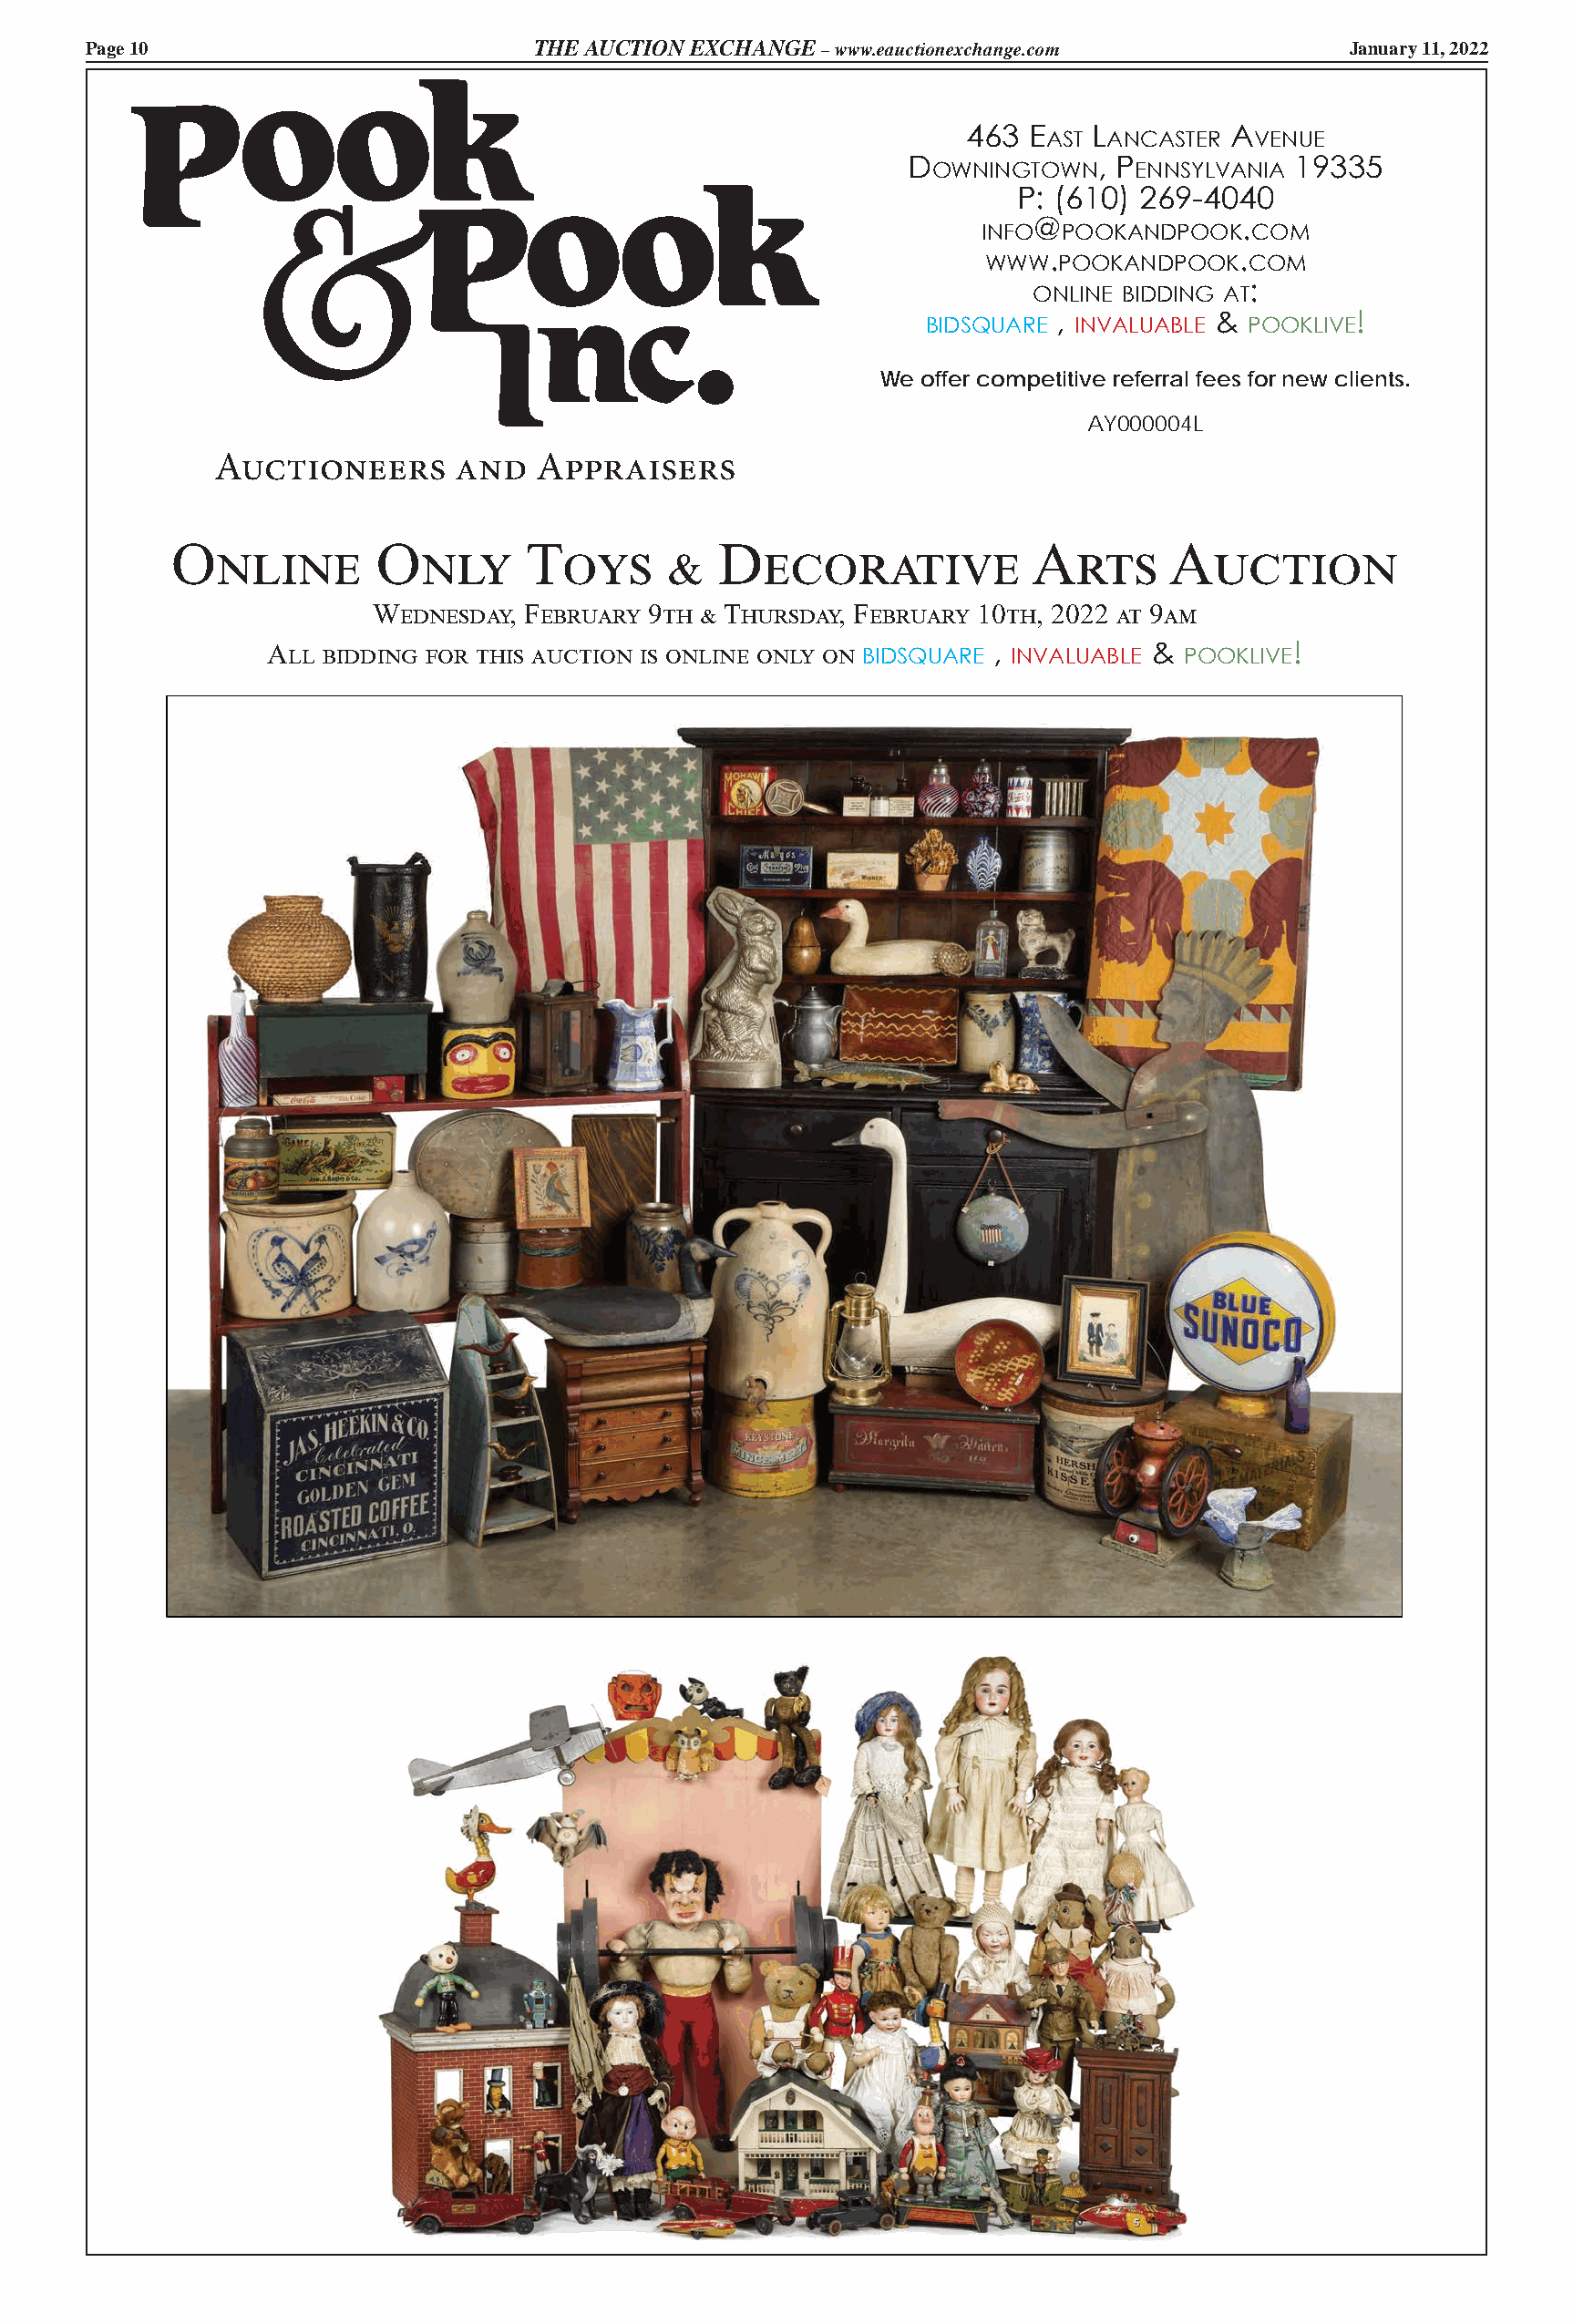
Page 10                          THE AUCTION EXCHANGE – www.eauctionexchange.com            January 11, 2022
 463  E   L         a
 ast ancastEr   vEnuE
 D             , P           19335
 owningtown    EnnsyLvania
 P: (610) 269-4040
 @              .
 info  PookanDPook   com
 .             .
 www  PookanDPook   com
 :
 onLinE biDDing at
 ,          &         !
 biDsquarE  invaLuabLE   PookLivE
 We offer competitive referral fees for new clients.
 AY000004L
 Auctioneers      and   Appraisers
 Online         Only       Toys      &   Decorative             Arts      Auction
 Wednesday, February 9th & Thursday, February 10th, 2022 at 9am
 All bidding for this auction is online only on biDsquarE , invaLuabLE & PookLivE!